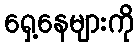
ရှေ့နေများကို